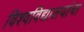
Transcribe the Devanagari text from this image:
विश्वविद्यालयांचा